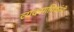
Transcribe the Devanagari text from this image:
व्यवसायिकांनी